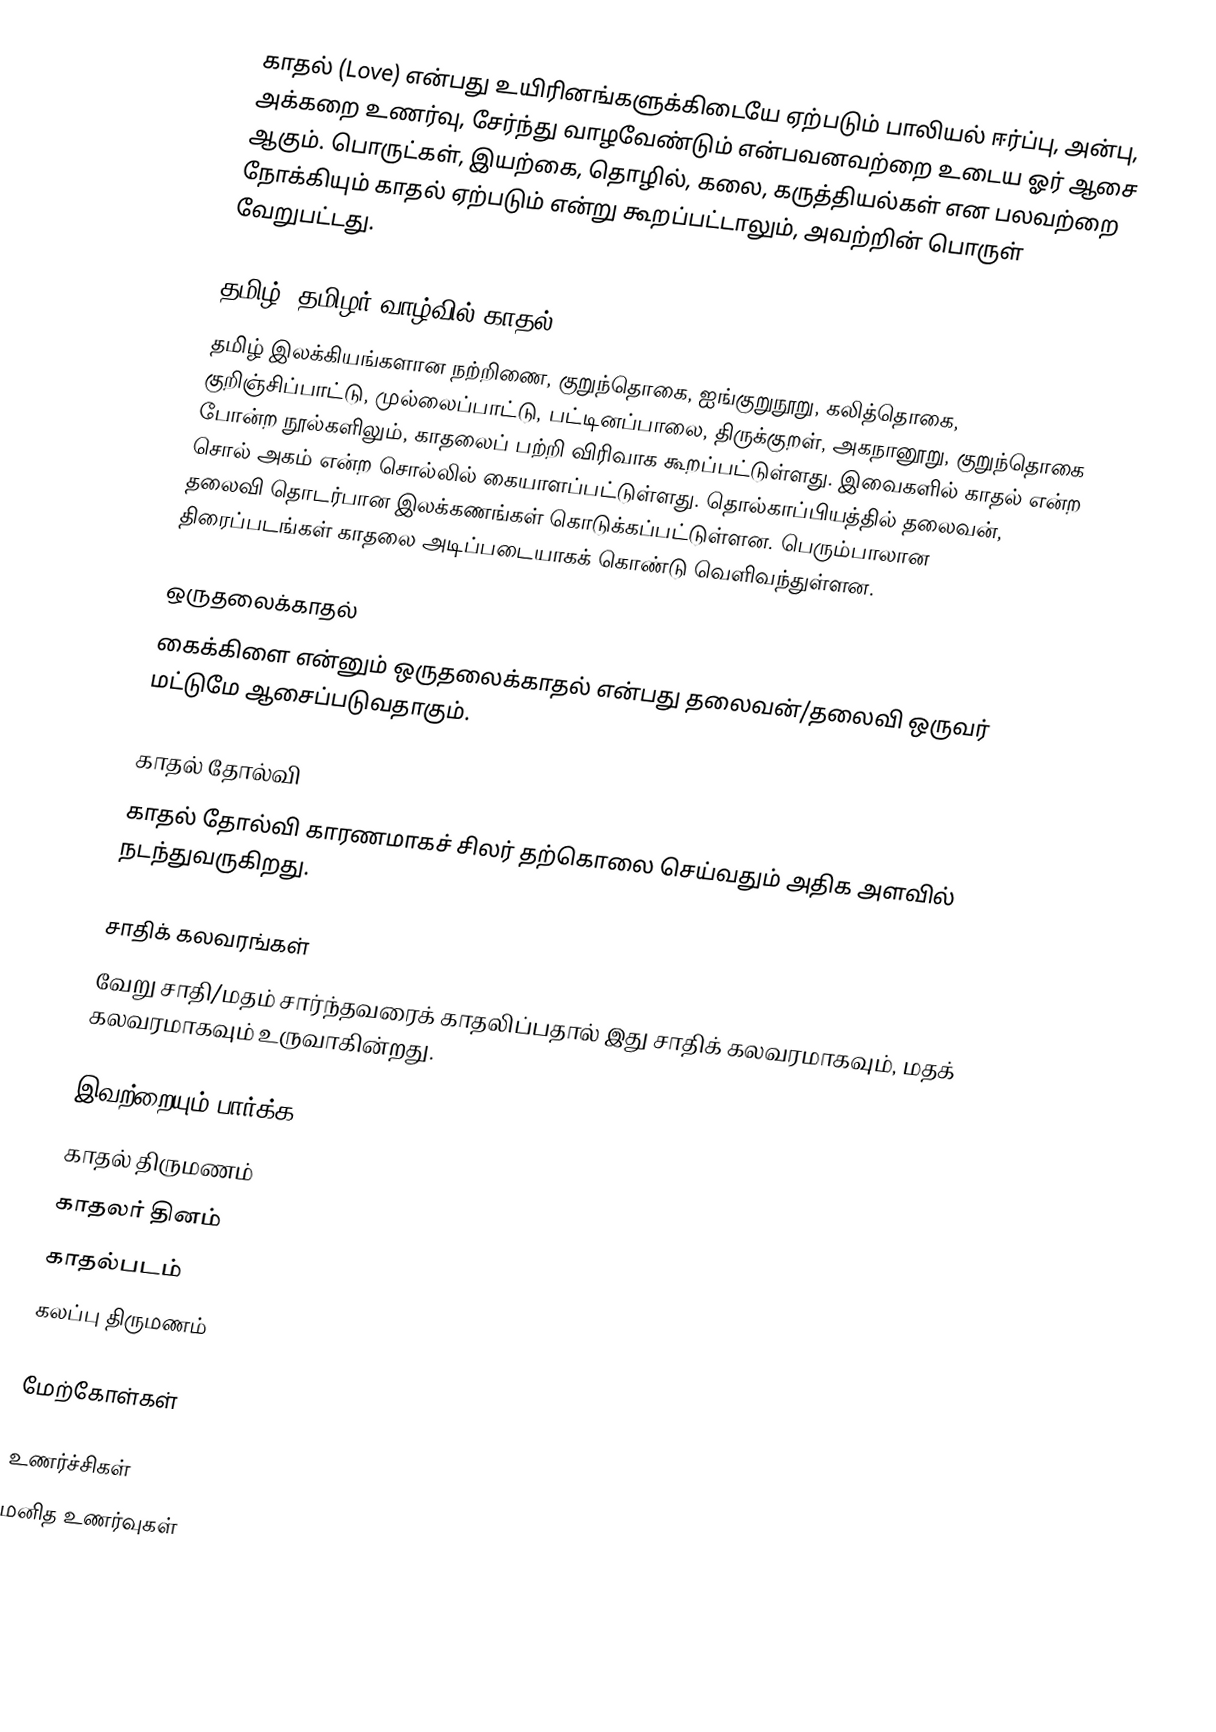
காதல் (Love) என்பது உயிரினங்களுக்கிடையே ஏற்படும் பாலியல் ஈர்ப்பு, அன்பு, அக்கறை உணர்வு, சேர்ந்து வாழவேண்டும் என்பவனவற்றை உடைய ஓர் ஆசை ஆகும். பொருட்கள், இயற்கை, தொழில், கலை, கருத்தியல்கள் என பலவற்றை நோக்கியும் காதல் ஏற்படும் என்று கூறப்பட்டாலும், அவற்றின் பொருள் வேறுபட்டது.

தமிழ், தமிழர் வாழ்வில் காதல்
தமிழ் இலக்கியங்களான நற்றிணை, குறுந்தொகை, ஐங்குறுநூறு, கலித்தொகை, குறிஞ்சிப்பாட்டு, முல்லைப்பாட்டு, பட்டினப்பாலை, திருக்குறள், அகநானூறு, குறுந்தொகை போன்ற நூல்களிலும், காதலைப் பற்றி விரிவாக கூறப்பட்டுள்ளது. இவைகளில் காதல் என்ற சொல் அகம் என்ற சொல்லில் கையாளப்பட்டுள்ளது. தொல்காப்பியத்தில் தலைவன், தலைவி தொடர்பான இலக்கணங்கள் கொடுக்கப்பட்டுள்ளன. பெரும்பாலான திரைப்படங்கள் காதலை அடிப்படையாகக் கொண்டு வெளிவந்துள்ளன.

ஒருதலைக்காதல்
கைக்கிளை என்னும் ஒருதலைக்காதல் என்பது தலைவன்/தலைவி ஒருவர் மட்டுமே ஆசைப்படுவதாகும்.

காதல் தோல்வி
காதல் தோல்வி காரணமாகச் சிலர் தற்கொலை செய்வதும் அதிக அளவில் நடந்துவருகிறது.

சாதிக் கலவரங்கள்
வேறு சாதி/மதம் சார்ந்தவரைக் காதலிப்பதால் இது சாதிக் கலவரமாகவும், மதக் கலவரமாகவும் உருவாகின்றது.

இவற்றையும் பார்க்க
 காதல் திருமணம்
 காதலர் தினம்
 காதல்படம்
 கலப்பு திருமணம்

மேற்கோள்கள்

உணர்ச்சிகள்
மனித உணர்வுகள்